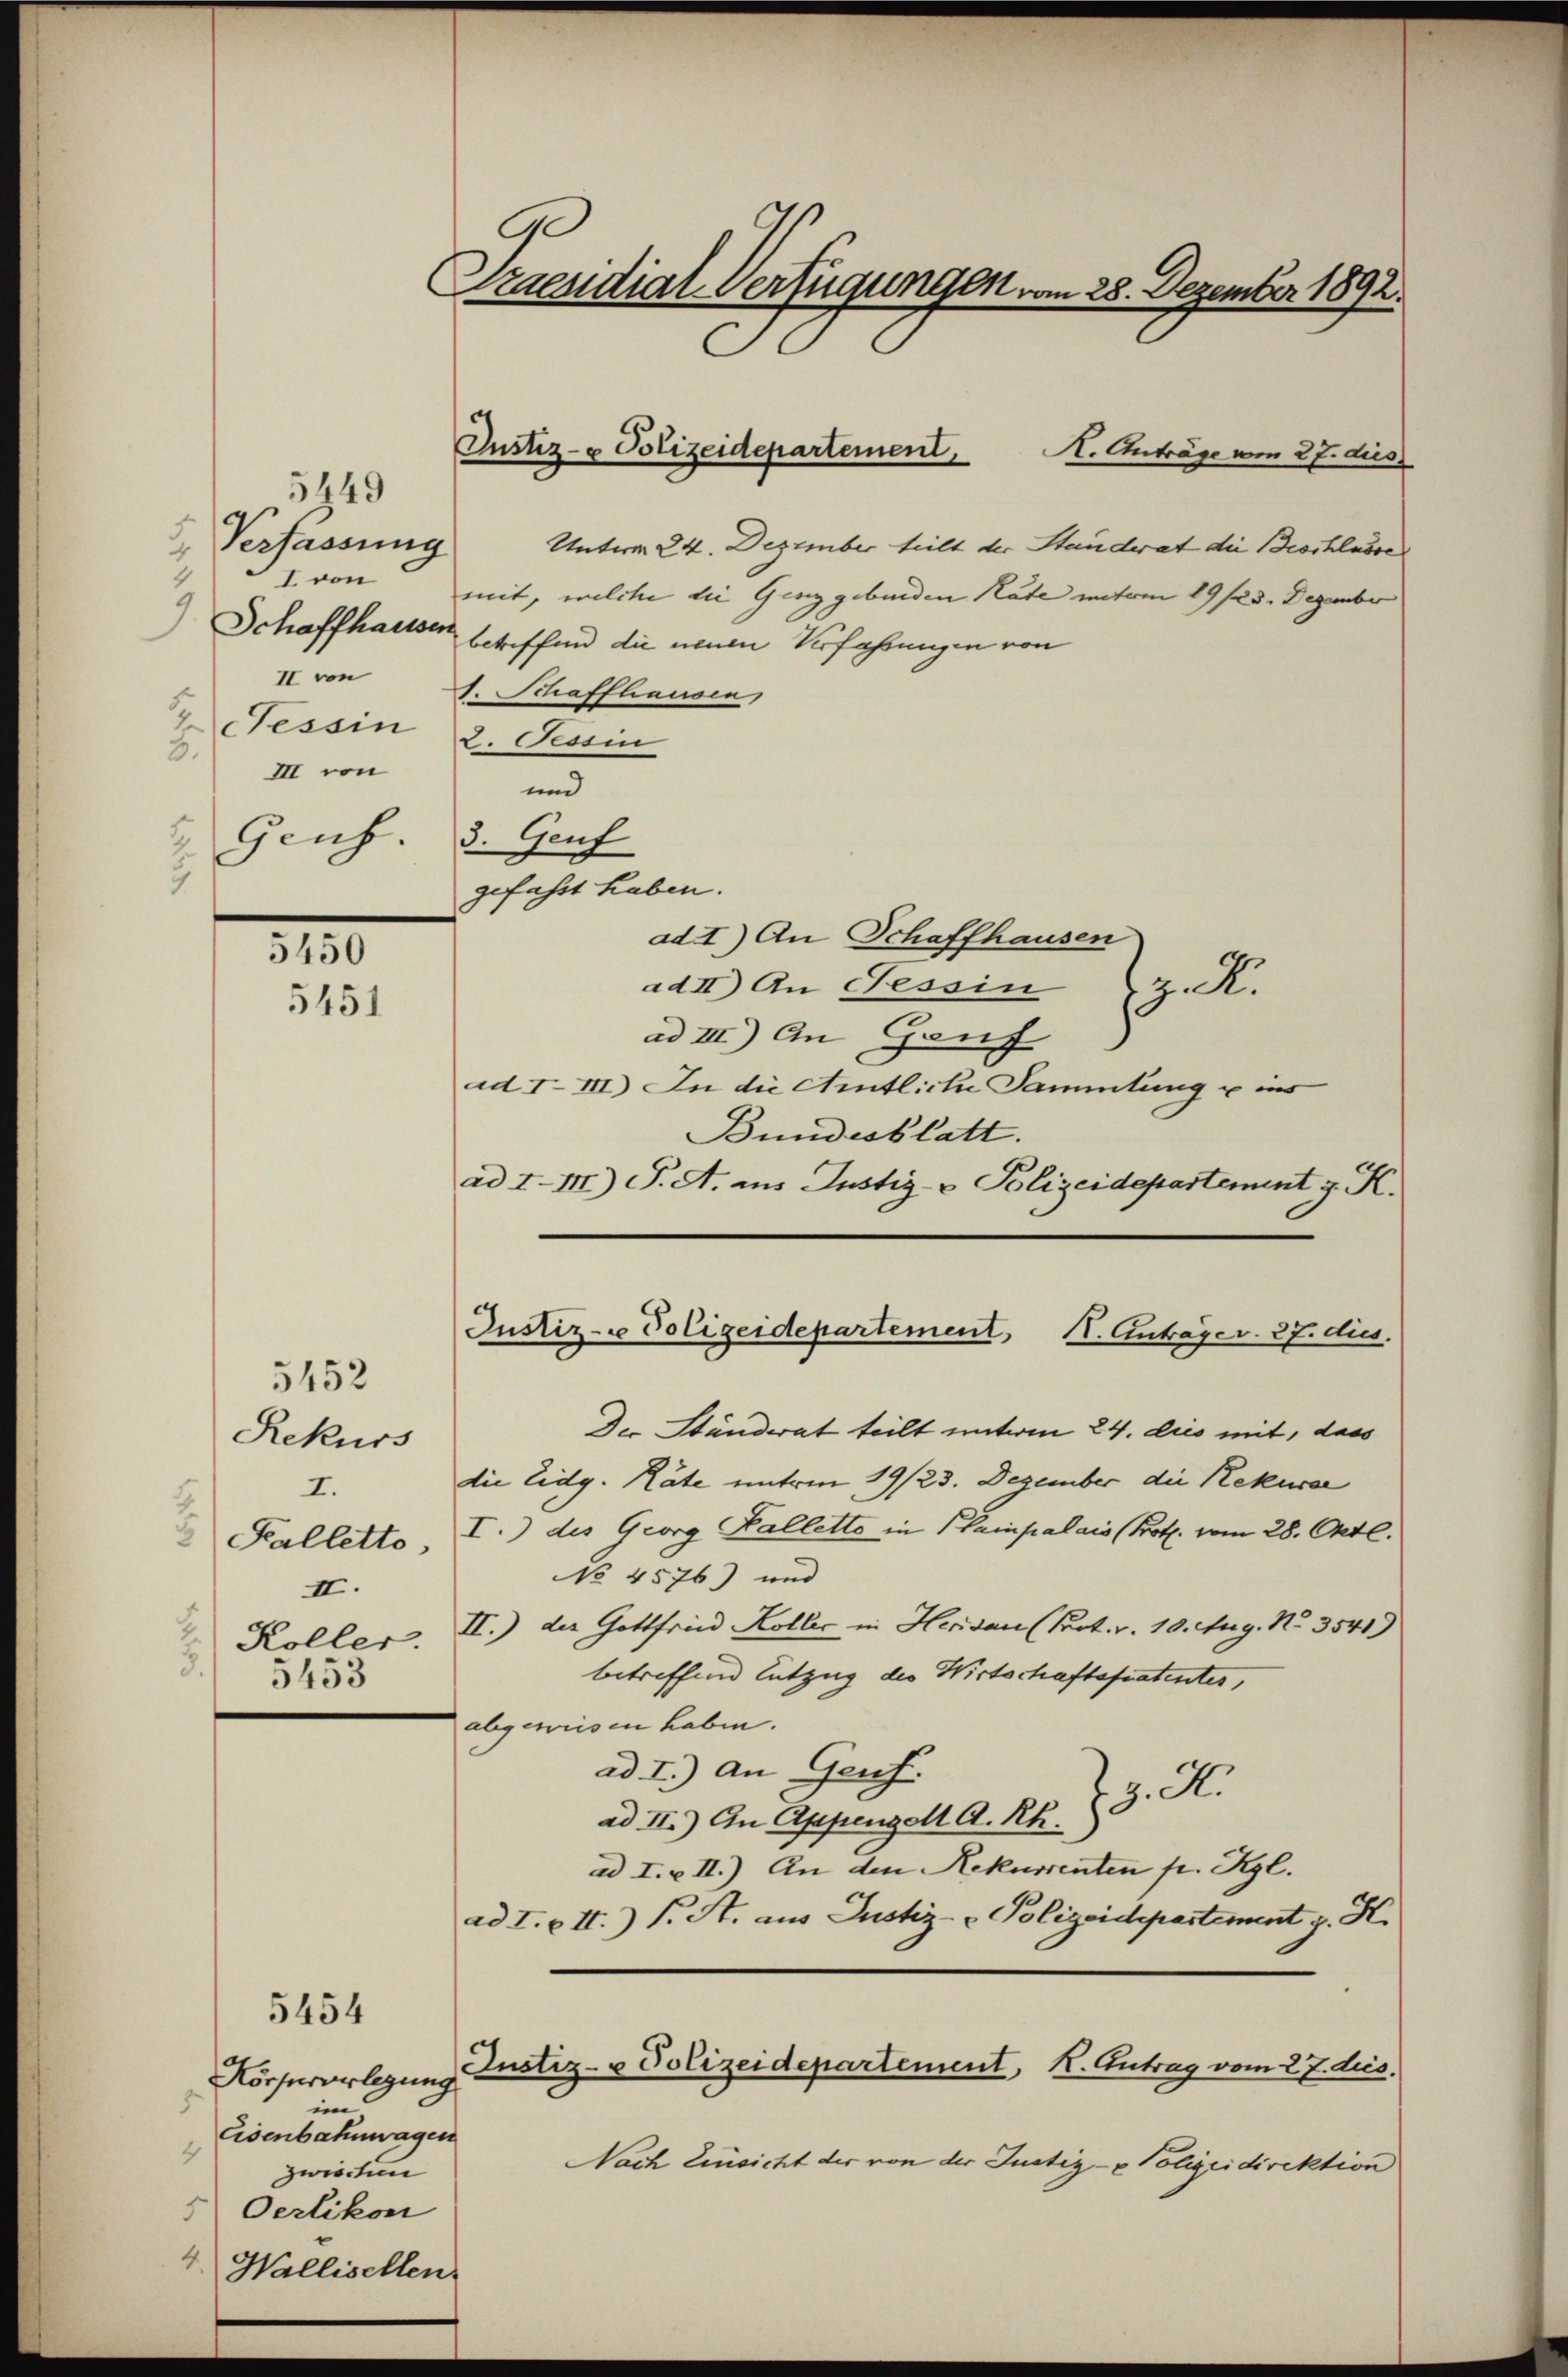
5449
 Verfassung
4
5.
III von
Genf. 3. Genf

2
3.

1
4

5450
5451

5452
Rekurs
I.
II.
Koller.
5453

5454

Körperverlegung
im
Eisenbahnwagen
Oerlikon
4. Wallisellen.

Ge
Praesidial-Verfügungen vom 28. Dezember 1892.

K. Anträge am 27. dies
Unterm 24. Dezember teilt der Standerat die Beschlusses
7 von mit, welche die Genzgebunden Rate unterm 19/23. Dezember
) Schaffhausser betreffend die neuen Verfahrungen von
II von H. Schaffhausen,
Tessin 2. Tessin
und
gefahrt haben.
ad I.) An Schaffhausen
ad II) An Tessin z. R.
ad III) An Ganz
ad I—III) In die Amtliche Sammlung u ins
Bundesblatt.
ad IIII) P. A. aus Justiz- & Polizeidepartement z. K.
Der Ständerat teilt unterm 24. dies mit, dass
die Eidg. Räte unterm 19/23. Dezember die Rekura
Scalletto I.) des Georg Halletto in Pampalais (Prot. vom 28. Okt.
No 4576) und
II.) der Gottfried Koller in Herdan (Prot. v. 10. Aug. No 3541)
betreffend Entzug des Wirtschaftspatentes,
abgewiesen haben.
ad I.) An Genf.
z. R.
ad II.) An Appenzell A. Rh. 8.
ad I. & II.) An den Rekurrenten pr. Kgl.
ad I. II.) S. S. aus Justiz- & Polizeidepartement J. H.
Justiz- & Polizeidepartement, K. Antrag vom 27. dies.
Nach Einsicht der von der Justiz- & Polizeidirektion
zwischen

Justiz- & Polizeidepartement,

Justiz- u Polizeidepartement, I. Antrager. 27. dies.